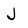
Character: J